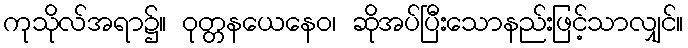
ကုသိုလ်အရာ၌။ ဝုတ္တနယေနေဝ၊ ဆိုအပ်ပြီးသောနည်းဖြင့်သာလျှင်။